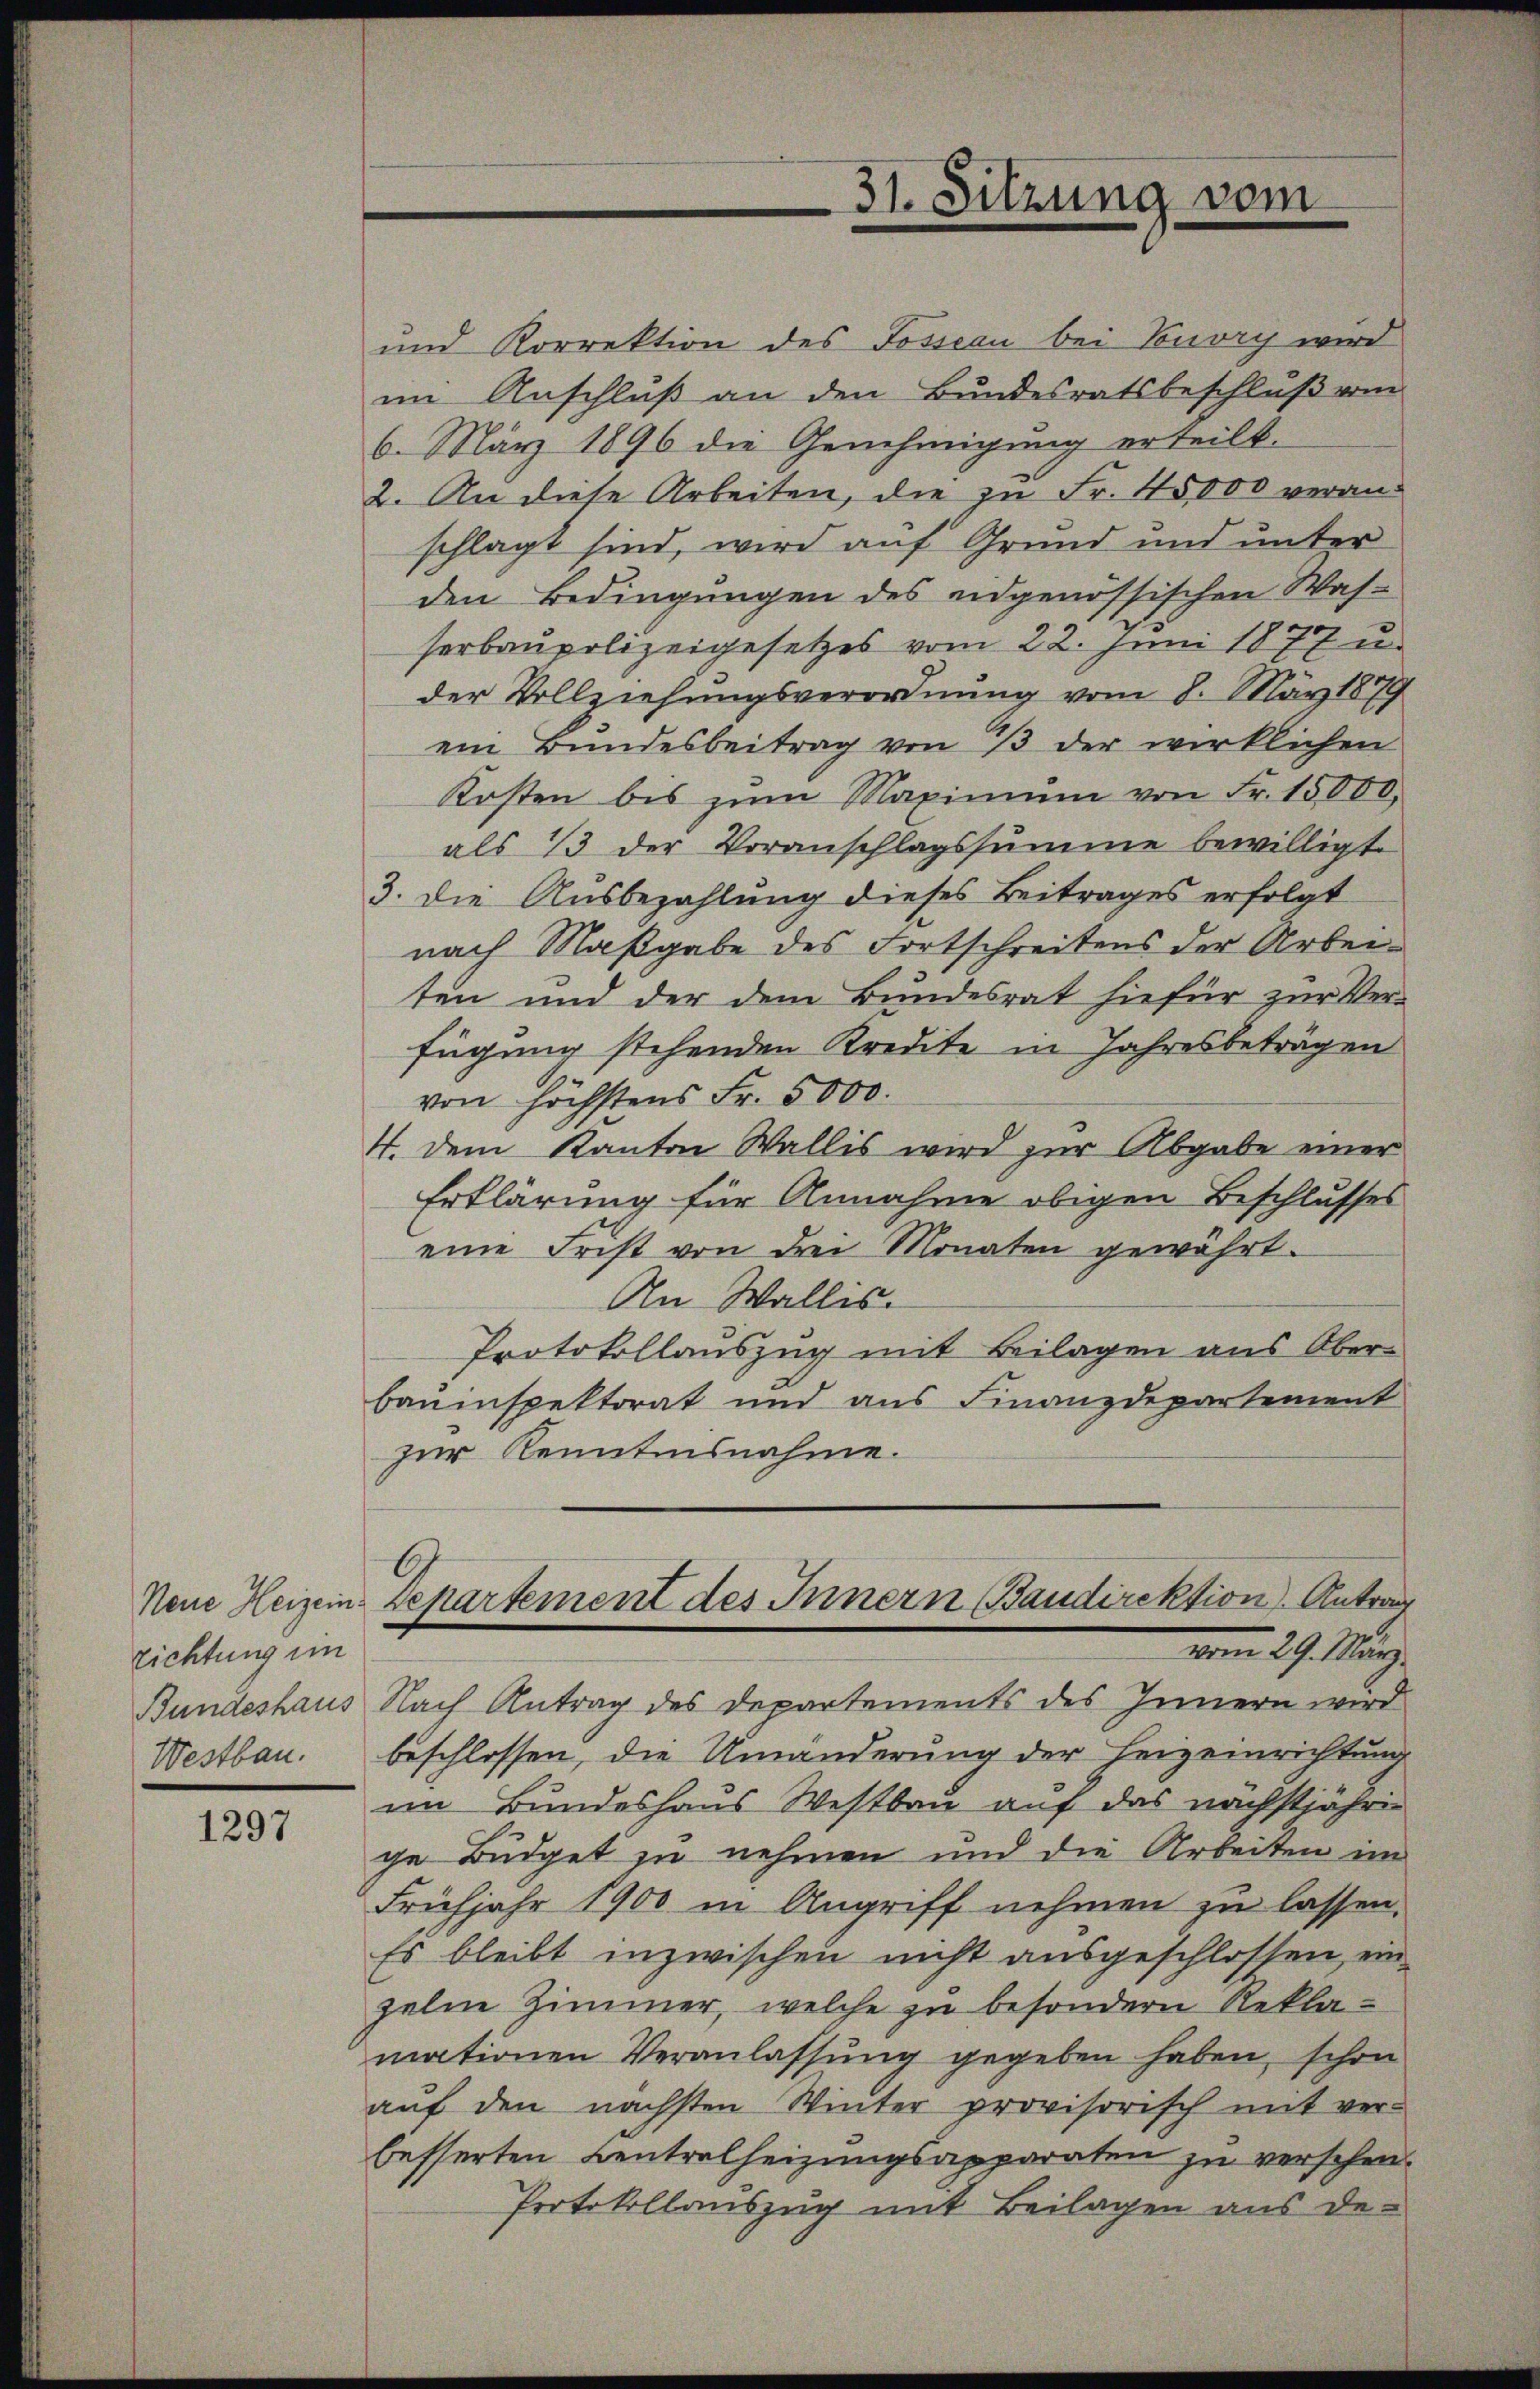
richtung im
Bundeshaus
Westbau.

1297

und Korrektion des Posseau bei Vouvry wird
im Anschluß an den Bundesratsbeschluß vom
6. März 1896 die Genehmigung erteilt.
2. An diese Arbeiten, die zu Fr. 45,000 veranschlagt sind, wird auf Grund und unter
den Bedingungen des eidgenössischen Was-
serbaupolizeigesetzes vom 22. Juni 1877 u.
der Vollziehungsverordnung vom 8. März 1879
ein Bundesbeitrag von 13 der wirklichen
Kosten bis zŭm Maximŭm von Fr. 10000.
als 13 der Voranschlagssumme bewilligt.
3. die Ausbezahlung dieses Beitrages erfolgt
nach Maßgabe des Fortschreibens der Arbeiten und der dem Bundesrat hiefür zur Ver-
fügung stehenden Kredite in Jahresbeträgen
von höchstens Fr. 5000.
4. dem Kanton Wallis wird zur Abgabe einer
Erklärung für Annahme obigen Beschlusses
eine Frist von drei Monaten gewährt.
An Wallis.
Protokollauszug mit Beilagen aus Ober-
bauinspektorat und aus Finanzdepartement
zur Kenntnisnahme.
Neue Heizein-Departement des Innern (Baudirektion) Antrag
vom 29. März
Nach Antrag des Departements des Innern wird
beschlossen, die Umänderung der Heizeinrichtung
im Bundeshaus Westbau auf das nächstjährige Büdget zu nehmen und die Arbeiten im
Frühjahr 1900 in Angriff nehmen zu lassen.
Es bleibt inzwischen nicht ausgeschlossen, ein
zelne Zimmer, welche zu besondern Reklamationen Veranlassung gegeben haben, schon
auf den nächsten Winter provisorisch mit ver-
besserten Centralheizungsapparaten zu versehen.
Protokollauszug mit Beilagen aus de-

31. Sitzung vom